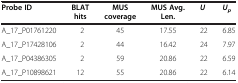
<table><thead><tr><td><b>Probe ID</b></td><td><b>BLAT hits</b></td><td><b>MUS coverage</b></td><td><b>MUS Avg. Len.</b></td><td><b><i>U</i></b></td><td><b><i>U</i><sub><i>p</i></sub></b></td></tr></thead><tbody><tr><td>A_17_P01761220</td><td>2</td><td>45</td><td>17.55</td><td>22</td><td>6.85</td></tr><tr><td>A_17_P17428106</td><td>2</td><td>44</td><td>16.42</td><td>24</td><td>7.97</td></tr><tr><td>A_17_P04386305</td><td>2</td><td>59</td><td>20.86</td><td>22</td><td>6.59</td></tr><tr><td>A_17_P10898621</td><td>12</td><td>55</td><td>20.86</td><td>22</td><td>6.14</td></tr></tbody></table>